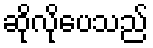
ဆိုလိုပေသည်